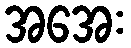
အအေး